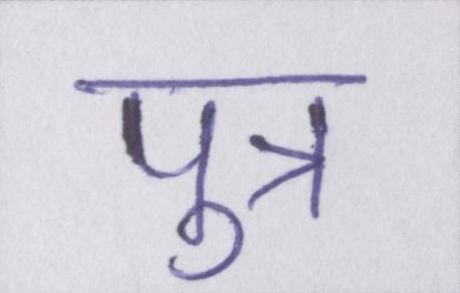
पुत्र